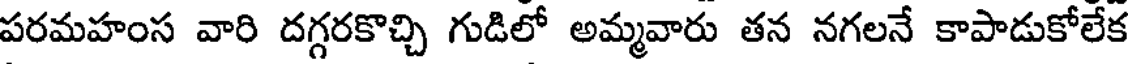
పరమహంస వారి దగ్గరకొచ్చి గుడిలో అమ్మవారు తన నగలనే కాపాడుకోలేక